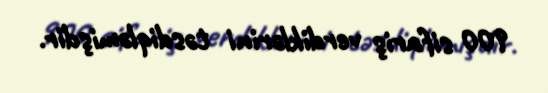
900 sifariş verdiklərini təsdiqləmişdir.